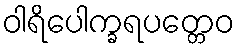
ဝါရိပေါက္ခရပတ္တေဝ